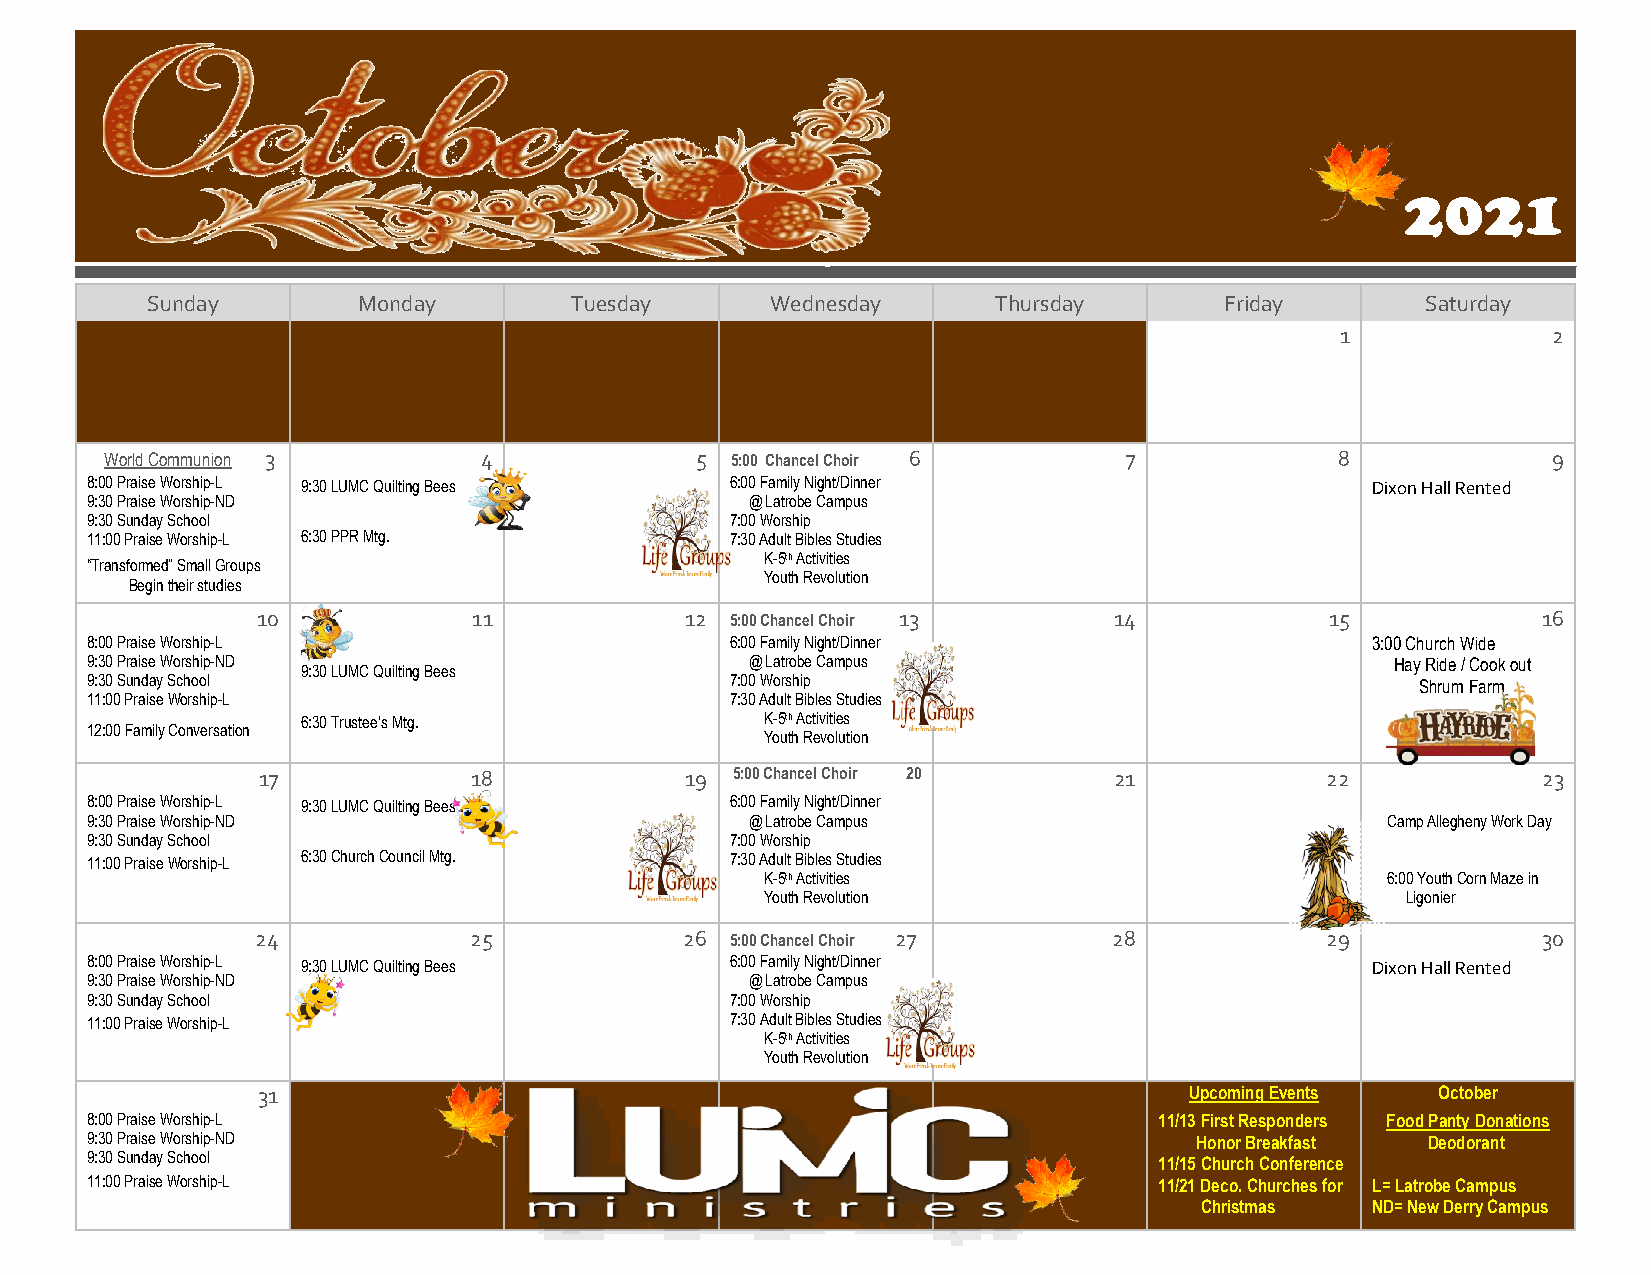
2021
 Sunday        Monday        Tuesday      Wednesday      Thursday       Friday       Saturday
 1             2
 World Communion 3        4             5 5:00 Chancel Choir 6      7              8             9
 8:00 Praise Worship-L 9:30 LUMC Quilting Bees 6:00 Family Night/Dinner               Dixon Hall Rented
 9:30 Praise Worship-ND                      @ Latrobe Campus
 9:30 Sunday School                        7:00 Worship
 11:00 Praise Worship-L 6:30 PPR Mtg.      7:30 Adult Bibles Studies
 K-5th Activities
 “Transformed” Small Groups
 Youth Revolution
 Begin their studies
 10            11            12 5:00 Chancel Choir 13     14            15            16
 8:00 Praise Worship-L                     6:00 Family Night/Dinner                   3:00 Church Wide
 9:30 Praise Worship-ND                      @ Latrobe Campus                          Hay Ride / Cook out
 9:30 LUMC Quilting Bees
 9:30 Sunday School                        7:00 Worship                                  Shrum Farm
 11:00 Praise Worship-L                    7:30 Adult Bibles Studies
 6:30 Trustee’s Mtg.            K-5th Activities
 12:00 Family Conversation
 Youth Revolution
 17            18            19 5:00 Chancel Choir 20     21            22            23
 8:00 Praise Worship-L 9:30 LUMC Quilting Bees 6:00 Family Night/Dinner
 9:30 Praise Worship-ND                      @ Latrobe Campus                          Camp Allegheny Work Day
 9:30 Sunday School                        7:00 Worship
 11:00 Praise Worship-L 6:30 Church Council Mtg. 7:30 Adult Bibles Studies
 K-5th Activities                         6:00 Youth Corn Maze in
 Youth Revolution                          Ligonier
 24            25            26 5:00 Chancel Choir 27     28            29            30
 8:00 Praise Worship-L 9:30 LUMC Quilting Bees 6:00 Family Night/Dinner               Dixon Hall Rented
 9:30 Praise Worship-ND                      @ Latrobe Campus
 9:30 Sunday School                        7:00 Worship
 11:00 Praise Worship-L                    7:30 Adult Bibles Studies
 K-5th Activities
 Youth Revolution
 31                                                            Upcoming Events October
 8:00 Praise Worship-L                                                  11/13 First Responders Food Panty Donations
 9:30 Praise Worship-ND                                                   Honor Breakfast Deodorant
 9:30 Sunday School                                                     11/15 Church Conference
 11:00 Praise Worship-L                                                 11/21 Deco. Churches for L= Latrobe Campus
 Christmas   ND= New Derry Campus